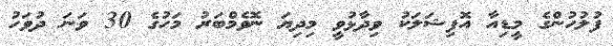
ފުލުހުންގެ މީޑިއާ އޮފިޝަލަކު ވިދާޅުވީ މިދިޔަ ނޮވެމްބަރު މަހުގެ 30 ވަނަ ދުވަހު